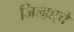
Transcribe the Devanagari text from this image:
जिल्ह्या्चे